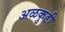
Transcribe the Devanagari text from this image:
अळकुडी